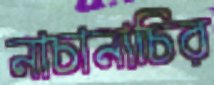
নাচানাচির